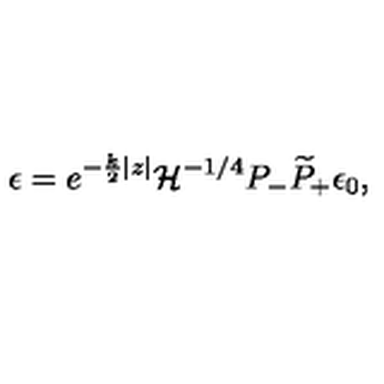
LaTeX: \epsilon = e ^ { - { \frac { k } { 2 } } | z | } { \cal H } ^ { - 1 / 4 } P _ { - } \widetilde P _ { + } \epsilon _ { 0 } ,